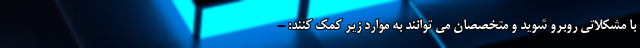
با مشکلاتی روبرو شوید و متخصصان می توانند به موارد زیر کمک کنند: -